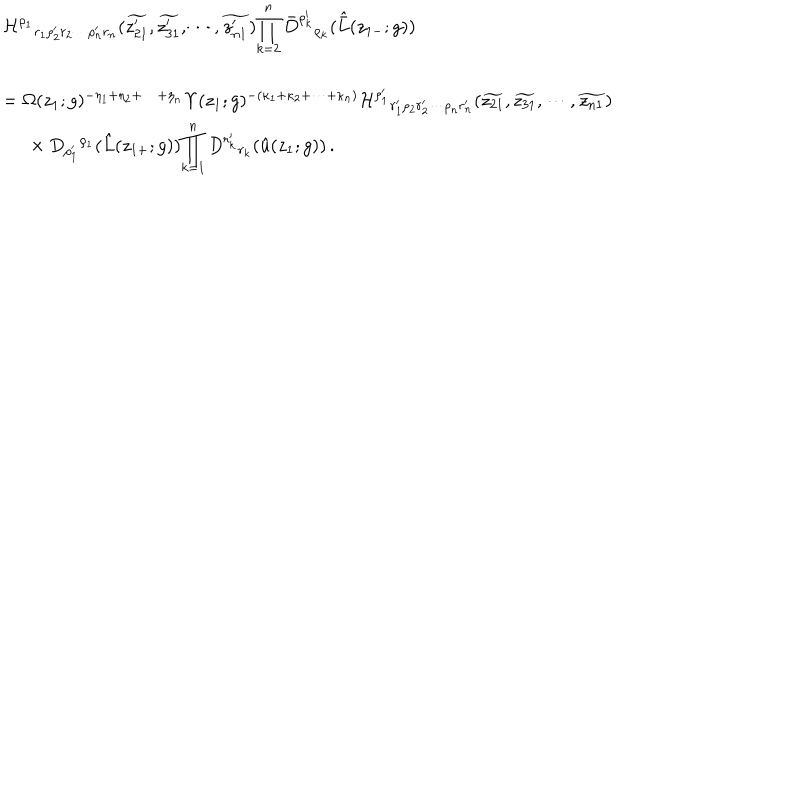
LaTeX: \begin{array} { l } { { { \cal H } ^ { \rho _ { 1 } } { } _ { r _ { 1 } \rho _ { 2 } ^ { \prime } r _ { 2 } \cdots \rho _ { n } ^ { \prime } r _ { n } } ( \widetilde { z _ { 2 1 } ^ { \prime } } , \widetilde { z _ { 3 1 } ^ { \prime } } , \cdots , \widetilde { z _ { n 1 } ^ { \prime } } ) \displaystyle { \prod _ { k = 2 } ^ { n } \bar { D } ^ { \rho _ { k } ^ { \prime } } { } _ { \rho _ { k } } ( \hat { \bar { L } } ( z _ { 1 - } ; g ) ) } } } \\ { { { } } } \\ { { = \Omega ( z _ { 1 } ; g ) ^ { - \eta _ { 1 } + \eta _ { 2 } + \cdots + \eta _ { n } } \Upsilon ( z _ { 1 } ; g ) ^ { - ( \kappa _ { 1 } + \kappa _ { 2 } + \cdots + \kappa _ { n } ) } { \cal H } ^ { \rho _ { 1 } ^ { \prime } } { } _ { r _ { 1 } ^ { \prime } \rho _ { 2 } r _ { 2 } ^ { \prime } \cdots \rho _ { n } r _ { n } ^ { \prime } } ( \widetilde { z _ { 2 1 } } , \widetilde { z _ { 3 1 } } , \cdots , \widetilde { z _ { n 1 } } ) } } \\ { { { } \ ~ \times D _ { \rho _ { 1 } ^ { \prime } } { } ^ { \rho _ { 1 } } ( \hat { L } ( z _ { 1 + } ; g ) ) \displaystyle { \prod _ { k = 1 } ^ { n } D ^ { r _ { k } ^ { \prime } } { } _ { r _ { k } } ( \hat { u } ( z _ { 1 } ; g ) ) } \, . } } \\ \end{array}